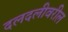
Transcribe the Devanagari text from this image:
दलदलीवरील